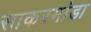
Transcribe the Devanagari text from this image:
साकरमांडा